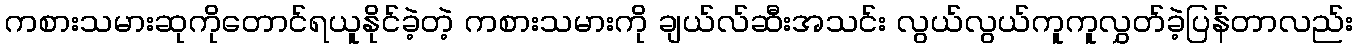
ကစားသမားဆုကိုတောင်ရယူနိုင်ခဲ့တဲ့ ကစားသမားကို ချယ်လ်ဆီးအသင်း လွယ်လွယ်ကူကူလွှတ်ခဲ့ပြန်တာလည်း